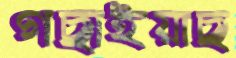
গছাইয়াছ